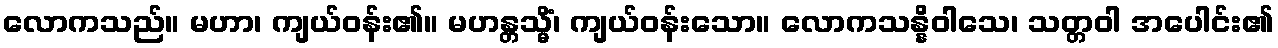
လောကသည်။ မဟာ၊ ကျယ်ဝန်း၏။ မဟန္တသ္မိံ၊ ကျယ်ဝန်းသော။ လောကသန္နိဝါသေ၊ သတ္တဝါ အပေါင်း၏